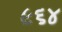
૯૬૪